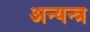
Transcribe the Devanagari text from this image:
अन्यन्त्र